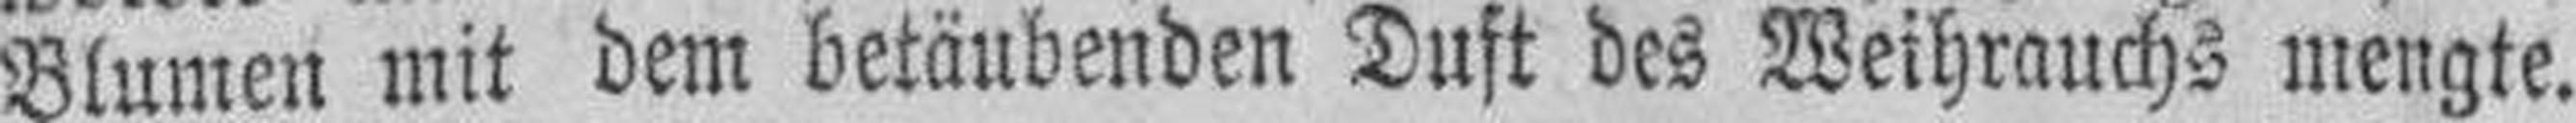
Blumen mit dem betäubenden Duft des Weihrauchs mengte.